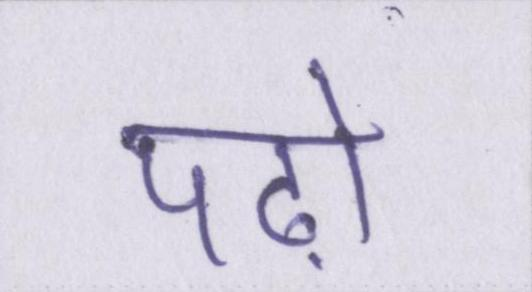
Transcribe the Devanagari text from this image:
पढ़ो